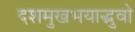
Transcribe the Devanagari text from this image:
दशमुखभयाद्भुवो